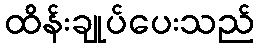
ထိန်းချုပ်ပေးသည်